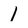
Character: 1